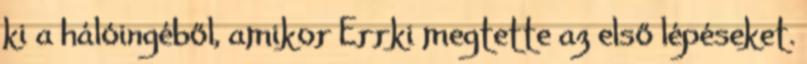
ki a hálóingéből, amikor Errki megtette az első lépéseket.